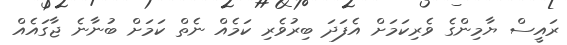
ރައީސް ޔާމިންގެ ވެރިކަމަށް އެފަދަ ބިރުވެރި ކަމެއް ނެތް ކަމަށް ބުނާނެ ޖާގައެއް